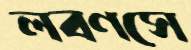
লবণসে